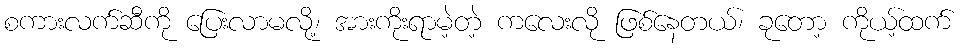
စကားလက်ဆီကို ပြေးလာမလို့၊ အားကိုးရာမဲ့တဲ့ ကလေးလို ဖြစ်နေတယ်၊ ခုတော့ ကိုယ့်ထက်